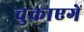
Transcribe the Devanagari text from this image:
चुकाएगें